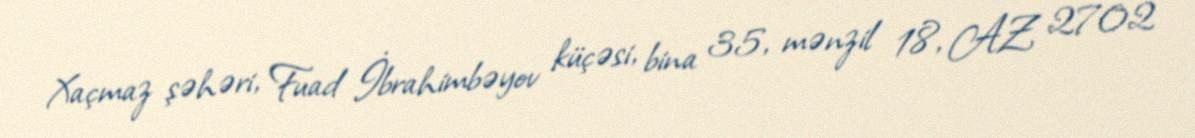
Xaçmaz şəhəri, Fuad İbrahimbəyov küçəsi, bina 35, mənzil 18, AZ 2702